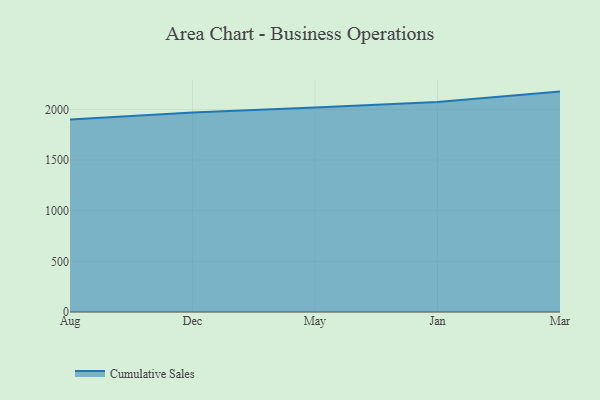
{"axis": {"x": "Month", "y": "Operating Costs (USD K)"}, "legend": ["Cumulative Sales"], "data": [{"x": "Aug", "y": 1901.4, "type": "Cumulative Sales"}, {"x": "Dec", "y": 1968.8, "type": "Cumulative Sales"}, {"x": "May", "y": 2019.4, "type": "Cumulative Sales"}, {"x": "Jan", "y": 2073.5, "type": "Cumulative Sales"}, {"x": "Mar", "y": 2176.0, "type": "Cumulative Sales"}]}